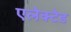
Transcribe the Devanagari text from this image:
एलेक्टेड